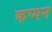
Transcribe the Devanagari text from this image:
कप्पन